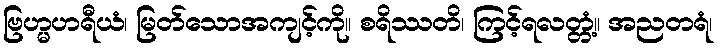
ဗြဟ္မဟရီယံ၊ မြတ်သောအကျင့်ကို။ စရိဿတိ၊ ကြင့်ရလတ္တံ့။ အညတရံ၊